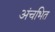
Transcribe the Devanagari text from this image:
अंचभित